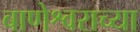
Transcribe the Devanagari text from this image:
बाणेश्वराच्या